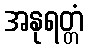
အနုရတ္တံ